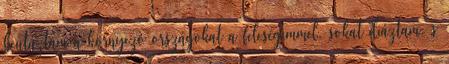
beutaztam a környezô országokat a feleségemmel, sokat diáztam, s